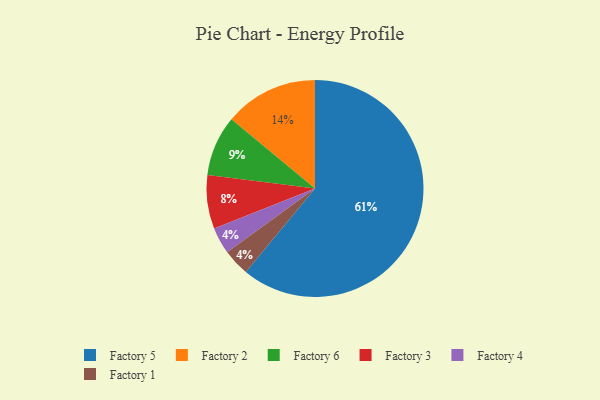
{"axis": {"x": "Category", "y": "Percentage"}, "legend": ["Factory 1", "Factory 2", "Factory 3", "Factory 4", "Factory 5", "Factory 6"], "data": [{"x": "Factory 4", "y": 4, "type": "Factory 4"}, {"x": "Factory 2", "y": 14, "type": "Factory 2"}, {"x": "Factory 5", "y": 61, "type": "Factory 5"}, {"x": "Factory 1", "y": 4, "type": "Factory 1"}, {"x": "Factory 6", "y": 9, "type": "Factory 6"}, {"x": "Factory 3", "y": 8, "type": "Factory 3"}]}